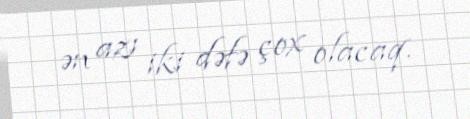
ən azı iki dəfə çox olacaq.